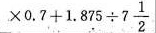
\times 0 . 7 + 1 . 8 7 5 \div 7 \frac { 1 } { 2 }